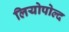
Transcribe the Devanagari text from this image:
लियोपोल्द